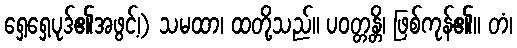
ရှေ့ရှေ့ပုဒ်၏အဖွင့်၊) သမထာ၊ ထတို့သည်။ ပဝတ္တန္တိ၊ ဖြစ်ကုန်၏။ တံ၊